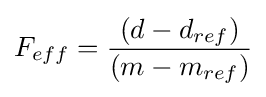
F_{eff}={\frac {\left(d-d_{ref}\right)}{\left(m-m_{ref}\right)}}